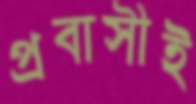
প্রবাসীই